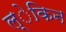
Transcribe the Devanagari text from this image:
ल्ेकिन